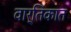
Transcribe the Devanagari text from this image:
वार्तिकात